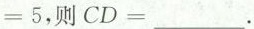
=5，则CD=___。